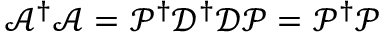
\mathcal { A } ^ { \dagger } \mathcal { A } = \mathcal { P } ^ { \dagger } \mathcal { D } ^ { \dagger } \mathcal { D } \mathcal { P } = \mathcal { P } ^ { \dagger } \mathcal { P }